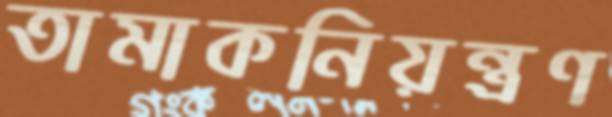
তামাকনিয়ন্ত্রণ